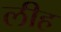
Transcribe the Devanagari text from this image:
लीह